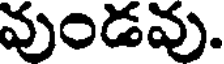
వుండవు.